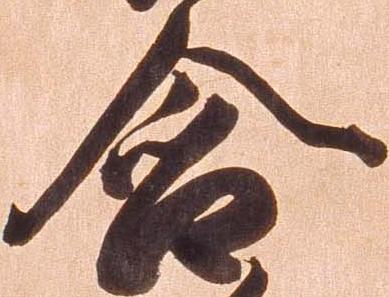
含